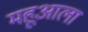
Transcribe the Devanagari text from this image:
महूआला